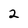
Character: 2